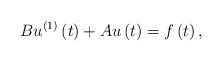
LaTeX: \begin{align*}\ Bu^{\left( 1\right) }\left( t\right) +Au\left( t\right) =f\left( t\right) ,\end{align*}